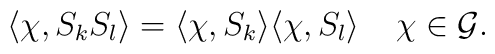
\langle  \chi, S_{k}S_{l}\rangle=\langle  \chi, S_{k}\rangle\langle  \chi, S_{l}\rangle\;\;\;\;\chi\in{\mathcal G}.